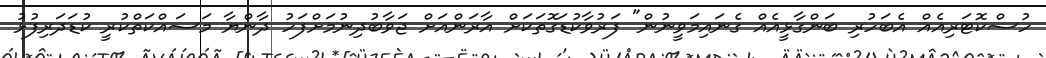
ހުސްކޮޓަރިއެއް އެބަހުރި ބަންގާޅީއެއް ގެނައިމަވީނުން" ފަރުވާކުޑަގޮތަކަށް އާރަންއަށް ޖަވާބުދިނުމަށްފަހު ދާންޔާ މަސައްކަތްކުރީ ކުޑަދަރިފުޅު